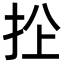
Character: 𢫜